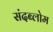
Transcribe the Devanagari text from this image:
संदब्लोम